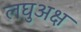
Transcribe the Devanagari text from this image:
लघुअक्ष